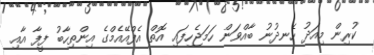
ކުރިން މިއަދު ހެނދުނު ބާއްވަން ހަމަޖެހިފައި އޮތް އެފްއޭއެމްގެ އިންތިހާބު ފީފާ އާއި